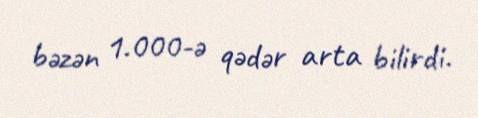
bəzən 1.000-ə qədər arta bilirdi.